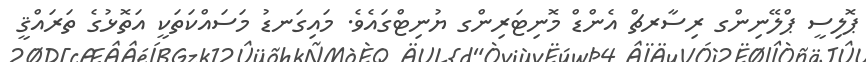
ޕޮލިސީ ޕްލޭނިންގ ރިސާރޗް އެންޑް މޮނިޓަރިންގ ޔުނިޓްގައެވެ. މައިގަނޑު މަސައްކަތަކީ އަތޮޅުގެ ތަރައްޤީ